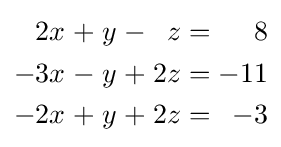
{\begin{alignedat}{7}2x&&\;+\;&&y&&\;-\;&&z&&\;=\;&&8\\-3x&&\;-\;&&y&&\;+\;&&2z&&\;=\;&&-11\\-2x&&\;+\;&&y&&\;+\;&&2z&&\;=\;&&-3\end{alignedat}}